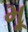
મૂ